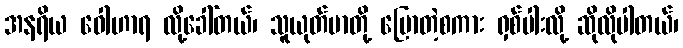
အနရိယ ဝေါဟာရ လို့ခေါ်တယ်၊ သူယုတ်မာတို့ ပြောတဲ့စကား ရှစ်ပါးလို့ ဆိုလိုပါတယ်၊